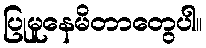
ပြုမူနေမိတာတွေပါ။